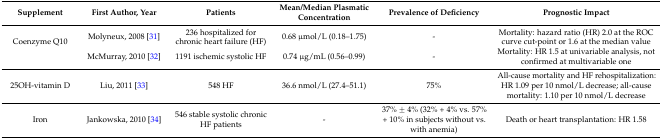
<table><thead><tr><td><b>Supplement</b></td><td><b>First Author, Year</b></td><td><b>Patients</b></td><td><b>Mean/Median Plasmatic Concentration</b></td><td><b>Prevalence of Deficiency</b></td><td><b>Prognostic Impact</b></td></tr></thead><tbody><tr><td rowspan="2">Coenzyme Q10</td><td>Molyneux, 2008 [31]</td><td>236 hospitalized for chronic heart failure (HF)</td><td>0.68 μmol/L (0.18–1.75)</td><td>-</td><td>Mortality: hazard ratio (HR) 2.0 at the ROC curve cut-point or 1.6 at the median value</td></tr><tr><td>McMurray, 2010 [32]</td><td>1191 ischemic systolic HF</td><td>0.74 μg/mL (0.56–0.99)</td><td>-</td><td>Mortality: HR 1.5 at univariable analysis, not confirmed at multivariable one</td></tr><tr><td>25OH-vitamin D</td><td>Liu, 2011 [33]</td><td>548 HF</td><td>36.6 nmol/L (27.4–51.1)</td><td>75%</td><td>All-cause mortality and HF rehospitalization: HR 1.09 per 10 nmol/L decrease; all-cause mortality: 1.10 per 10 nmol/L decrease</td></tr><tr><td>Iron</td><td>Jankowska, 2010 [34]</td><td>546 stable systolic chronic HF patients</td><td>-</td><td>37% ± 4% (32% + 4% vs. 57% + 10% in subjects without vs. with anemia)</td><td>Death or heart transplantation: HR 1.58</td></tr></tbody></table>